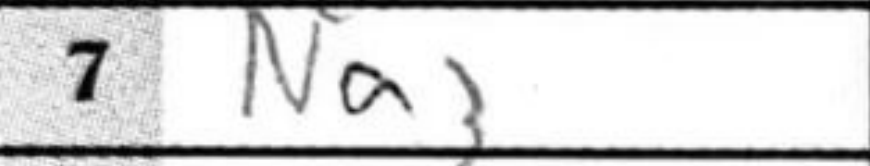
Transcription: Na3